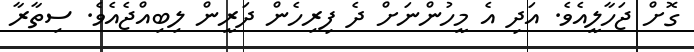
ގޮށް ޖަހާލީއެވެ. އަދި އެ މީހުންނަށް ދެ ފިރިހެން ދަރީން ލިބިއްޖެއެވެ. ސިތާރާ